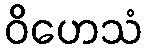
ဝိဟေသံ